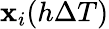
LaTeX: \mathbf{x}_{i}(h\Delta T)